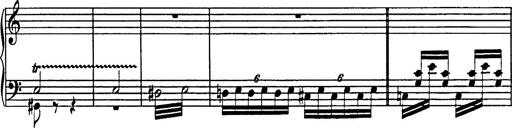
Title: Galop in A minor
Composer: Franz Liszt
Key: A minor